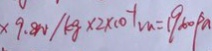
\times 9 . 8 N / k g \times 2 \times 1 0 ^ { - 1 } m = 1 9 6 0 p a